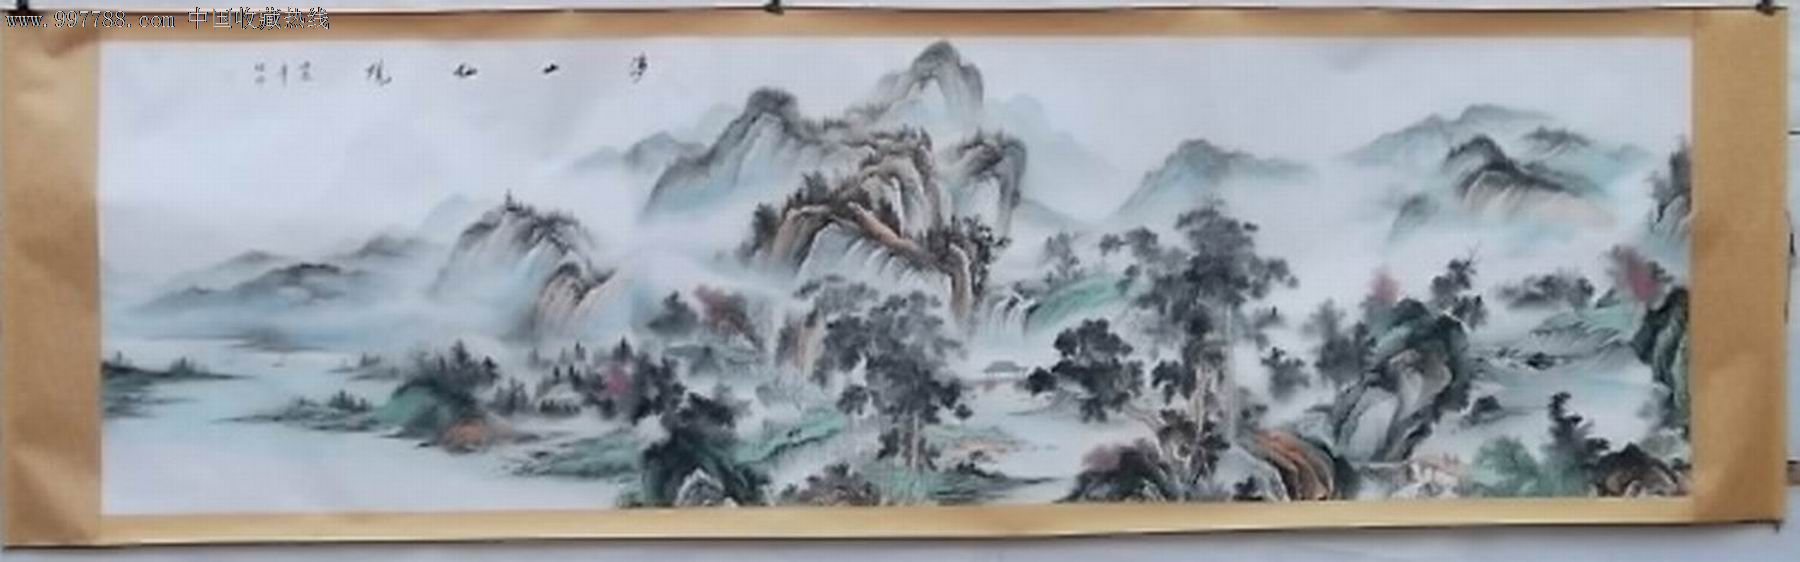
怪见溪童出门望，雀声先我到山家。